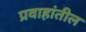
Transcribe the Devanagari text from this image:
प्रवाहांतील